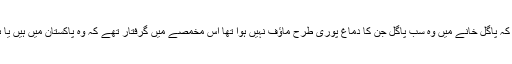
یہی وجہ ہے کہ پاگل خانے میں وہ سب پاگل جن کا دماغ پوری طرح ماؤف نہیں ہوا تھا اس مخمصے میں گرفتار تھے کہ وہ پاکستان میں ہیں یا ہندوستان میں۔